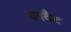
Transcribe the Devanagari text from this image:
वनकैट